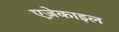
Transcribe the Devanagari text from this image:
एज़ेकाइल